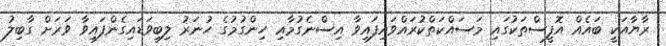
ރާޔާއަކީ ބައެއް އޮފީސްތަކުގައި މަސައްކަތްކުރައްވައިފައިވާ އިސްނެގުމާއި ހިންގުމުގެ ހުނަރު ލިބިވަޑައިގެންފައިވާ ވަރަށް ގާބިލު